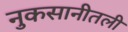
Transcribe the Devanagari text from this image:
नुकसानीतली